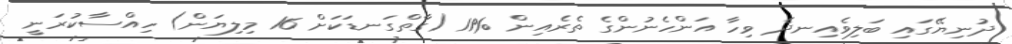
ދުނިޔޭގައި ބަލިވެއިނދެ ވިހާ އަންހެނުންގެ ތެރެއިން %11 (ގާތްގަނޑަކަށް 16 މިލިޔަން) ހިއްސާކުރަނީ